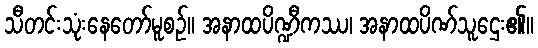
သီတင်းသုံးနေတော်မူစဉ်။ အနာထပိဏ္ဍီကဿ၊ အနာထပိဏ်သူဌေး၏။